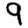
Digit: 9